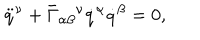
\ddot { q } ^ { \nu } + \bar { \Gamma } _ { \alpha \beta } { } ^ { \nu } \dot { q } ^ { \alpha } \dot { q } ^ { \beta } = 0 ,